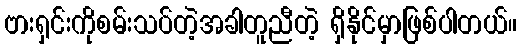
ဗားရှင်းကိုစမ်းသပ်တဲ့အခါတူညီတဲ့ ရှိနိုင်မှာဖြစ်ပါတယ်။